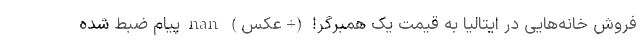
فروش خانه‌هایی در ایتالیا به قیمت یک همبرگر! (+عکس) nan پیام ضبط شده